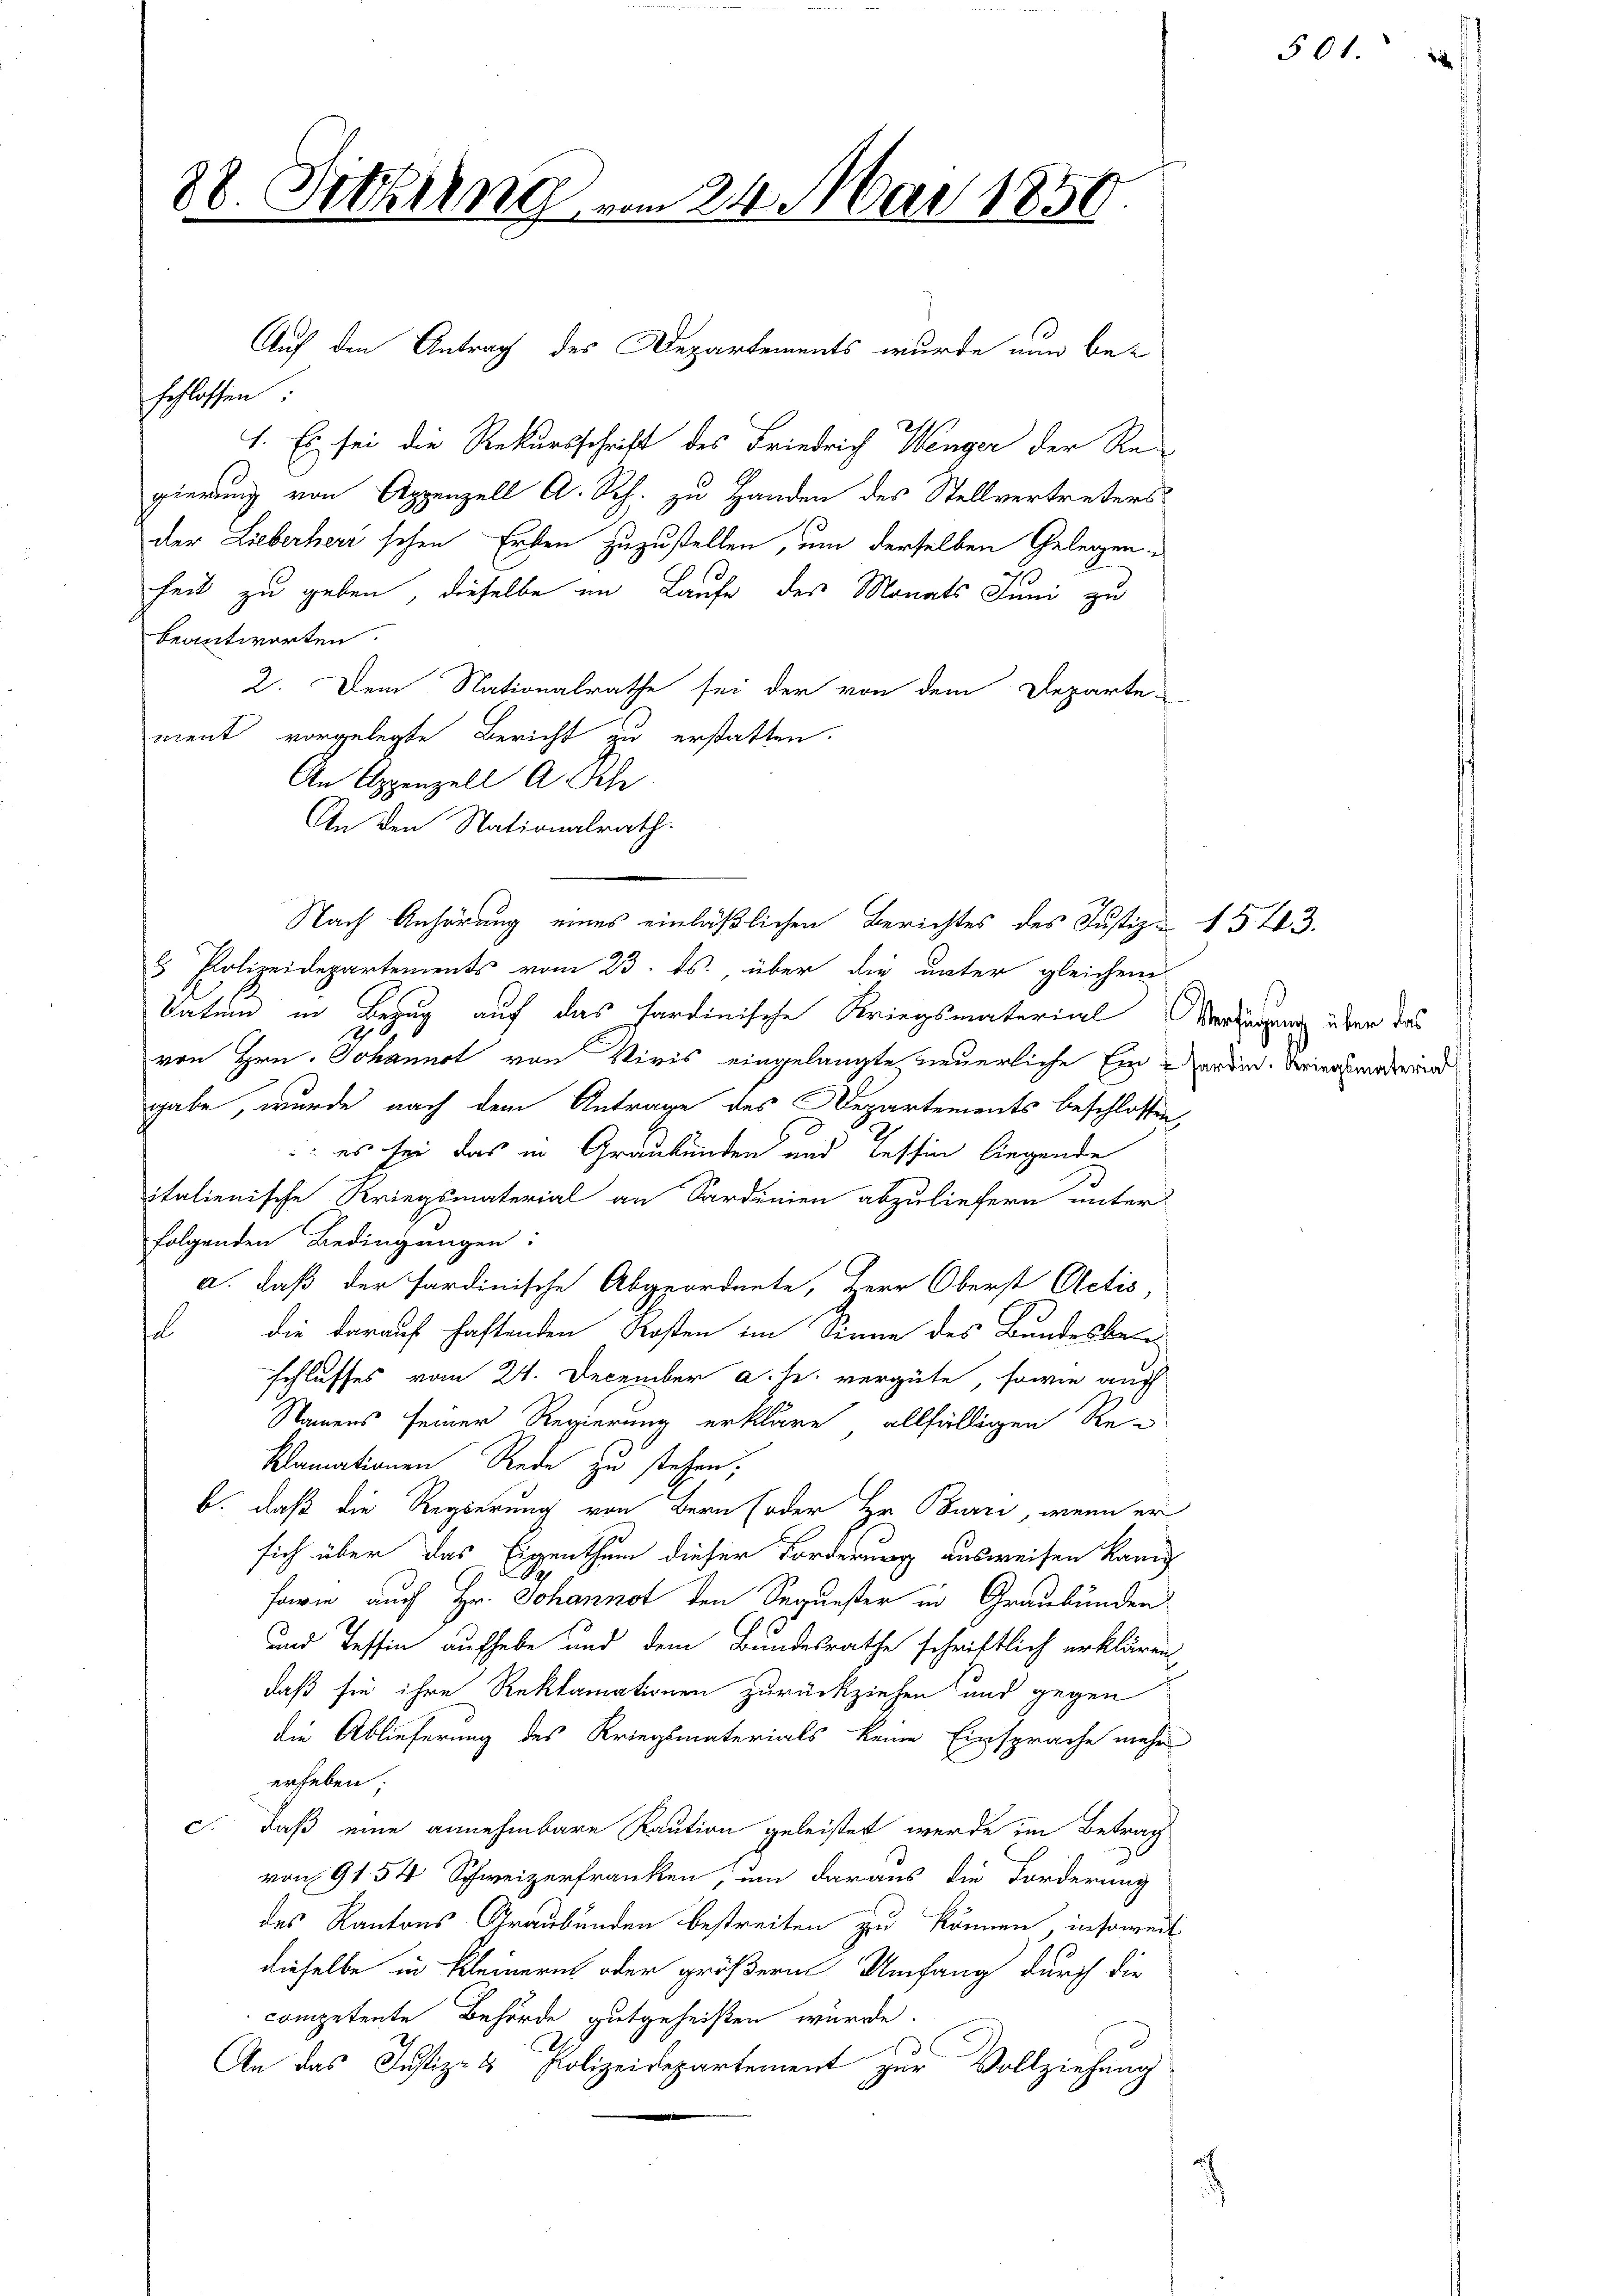
38. Sitzung vom 24. Mai 1850

schlossen:

Auf den Antrag des Departements wurde nun be-

1. Es sei die Rekursschrift des Friedrich Wenger der Re-
gierung von Appenzell A. Rh. zu Handen des Stellvertreters
der Lieberherischen Erben zuzustellen, um derselben Gelegen
feit zu geben, dieselbe im Laufe des Monats Juni zu
beantworten.
2. Dem Nationalrathe sei der von dem Departe
ment vorgelegte Bericht zu erstatten.
An Appenzell A. Schr
An den Nationalrath.
Nach Anhörung eines einläßlichen Berichtes des Justiz- 1543.
8 Polizeidepartements vom 23. ds., über die unter gleichen
Vatum in Bezug auf das hardinische Kriegsmaterial Verhängung über das
von Hrn. Johannet von Viris eingelangte neuerliche Ein ordin. Weiers anderend
gabe, wurde nach dem Antrage des Departements beschlossen,
: es sei das in Graubünden und Tessin liegende
italienische Kriegsmaterial an Sardinien abzuliefern unter
folgenden Bedingungen:
a. daß der sardinische Abgeordnete, Herr Oberst Actis,
fl
die darauf haftenden Kosten im Sinne des Bundesbere
schlusses vom 24. December a. h. vergüte, sowie auch
Namens seiner Regierung erkläre allfälligen Re-
klamationen Rede zu stehen;
b. daß die Regierung von Bern (oder Hr. Burri, wenn er
sich über das Eigenthum dieser Forderung ausweisen kann
sowie auch Hr. Johannot den Sequester in Graubünden
und Tessin aufhebe und dem Bundesrathe schriftlich erklären,
daß sie ihre Reklamationen zurückziehen und gegen
die Ablieferung des Kriegsmaterials keine Einsprache mehr
erheben;
c. daß eine annehmbare Kaution geleistet werde im Betrag
von 9 154 Schweizerfranken, um daraus die Forderung
des Kantons Graubünden bestreiten zu können, insoweit
dieselbe in Kleinern oder größerm Umfang durch die
competente Behörde gutgeheißen würde.
An das Justiz- & Polizeidepartement zur Vollziehung

301.